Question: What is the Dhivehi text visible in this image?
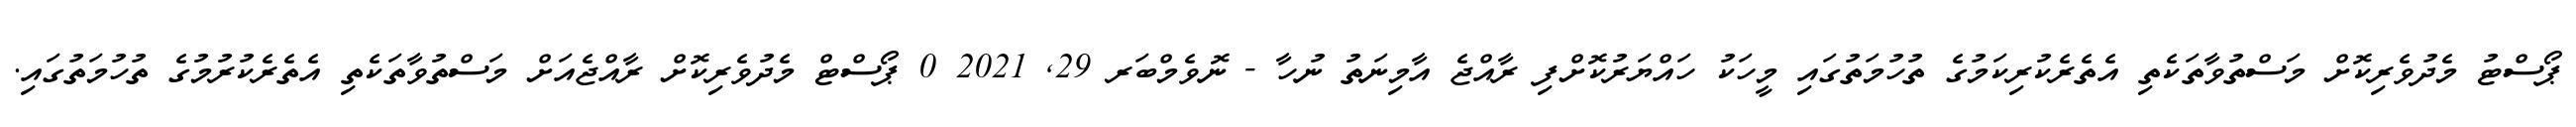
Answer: ޕޯސްޓު މެދުވެރިކޮށް މަސްތުވާތަކެތި އެތެރެކުރިކަމުގެ ތުހުމަތުގައި މީހަކު ހައްޔަރުކޮށްފި ރާއްޖެ އާމިނަތު ނުހާ - ނޮވެމްބަރ 29, 2021 0 ޕޯސްޓް މެދުވެރިކޮށް ރާއްޖެއަށް މަސްތުވާތަކެތި އެތެރެކުރުމުގެ ތުހުމަތުގައި.